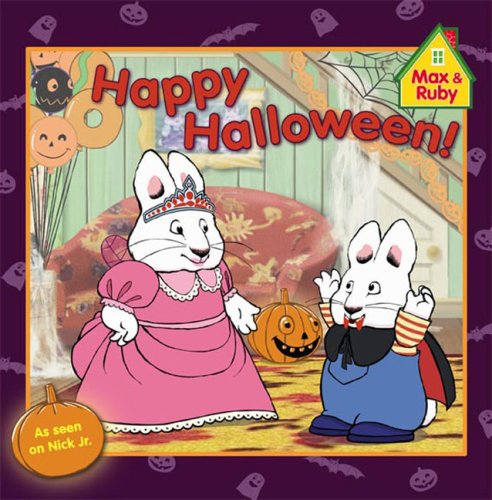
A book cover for Happy Halloween! (Max and Ruby); Staff; Children's Books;